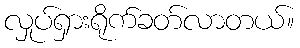
လှုပ်ရှားရိုက်ခတ်လာတယ်။